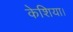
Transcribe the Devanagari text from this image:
केशिया।